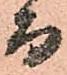
而